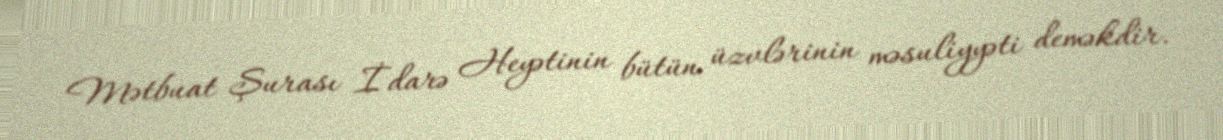
Mətbuat Şurası İdarə Heyətinin bütün üzvlərinin məsuliyyəti deməkdir.